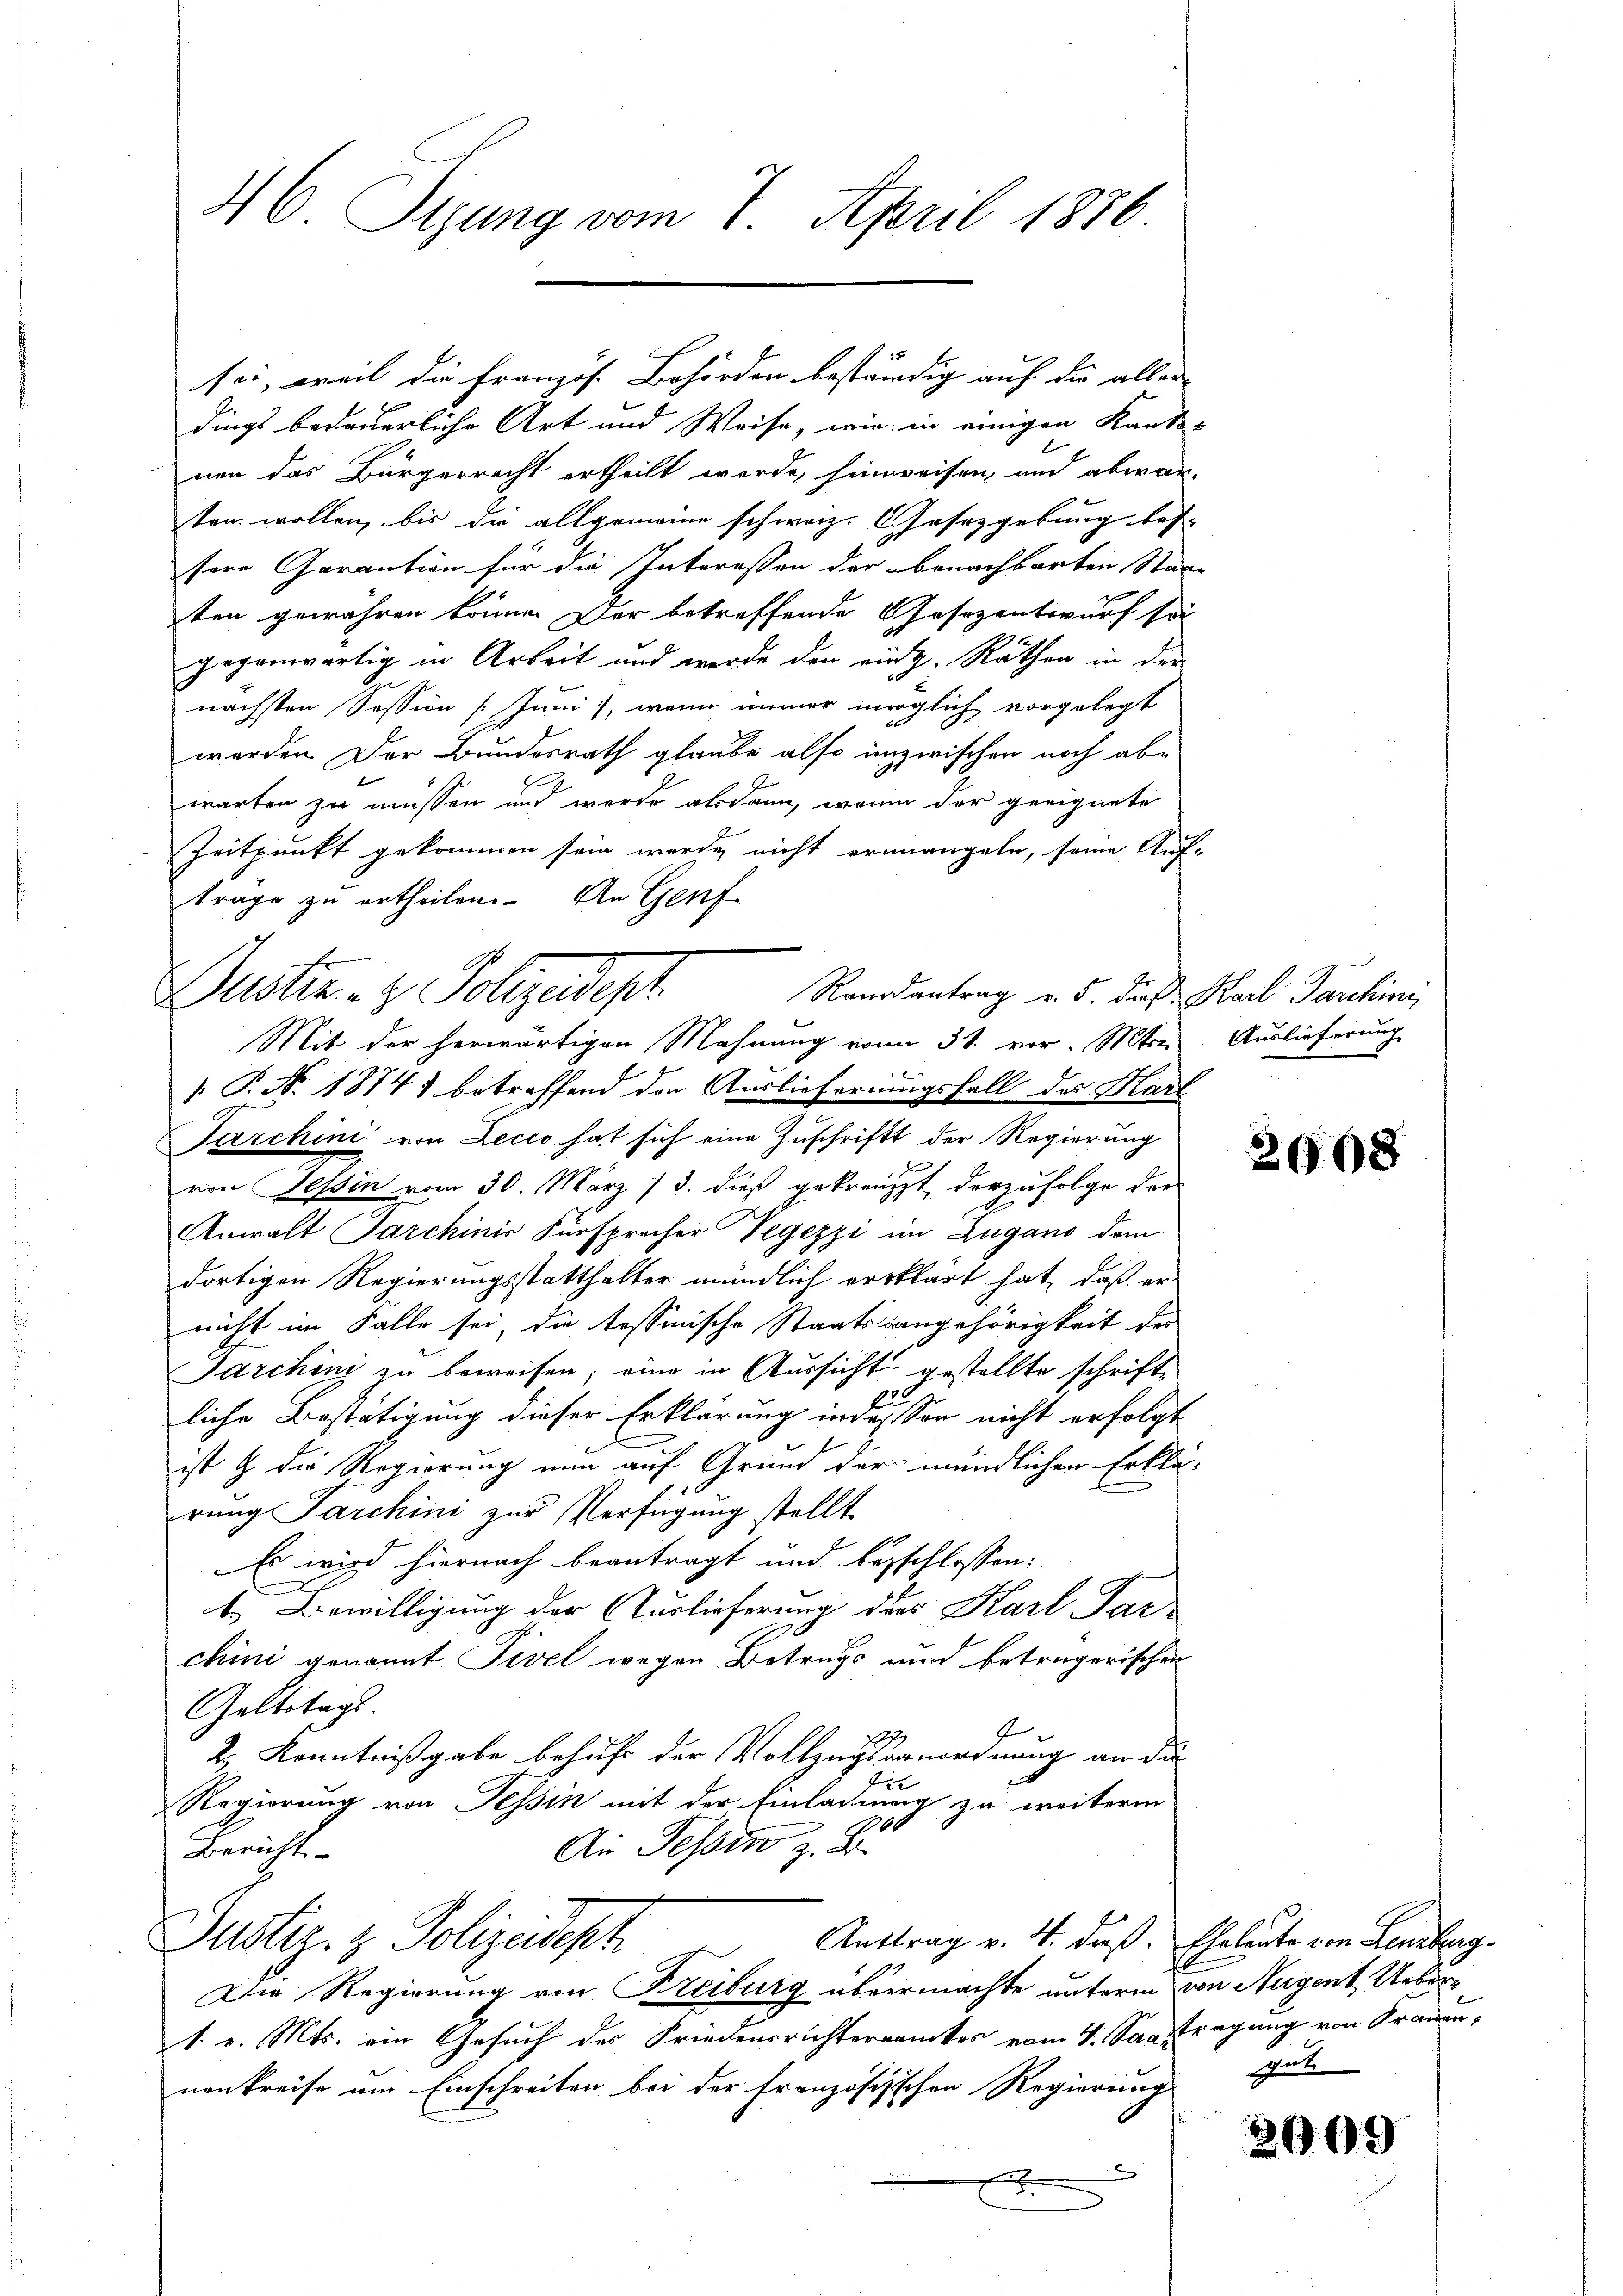
46 Syung vom 7. April 1886

dings bedauerliche Art und Weise, wie in einigen Kant-
nen das Bürgerrecht ertheilt werde, hinweisen, und abwar
ten wollen, bis die allgemeine schweiz. Gesetzgebung bes
sere Garantion für die Interessen der benachbarten Stad
ten gewähren könne. Der betreffende Gesezentwurf so
gegenwärtig in Arbeit und werde den einz. Rathen in der
nächsten Session (Juni, wenn immer möglich vorgelegt
werden Der Bundesrath glaube also unzwischen noch abe
warten zu müssen und werde alsdann, wenn der geeignete
Zeitpunkt gekommen sein werde, nicht ermangeln, seine Auf-
träge zu ertheilen. An Genf
 T. No. 1874) betreffend den Auslieferungsfall des Kart
Farchini von Zecco hat sich eine Zuschrift der Regierung
von Tessin vom 30. März / 5. dieß gekreuzt derzufolge der
Anwalt Parchinis Fürsprecher Pegezzi im Zugano dem
dortigen Regierungsstatthalter mündlich erklärt hat, daß er
nicht im Falle sei, die tessinische Staatsrangehörigkeit der
Jarchini zu beweisen; eine in Aussicht gestellte schriftliche Bestätigung dieser Erklärung in dass son nicht erfolgt
ist & die Regierung nun auf Grund der mündlichen Erklä
rung Parchini zur Verfügung stellt
Es wird hiernach beantragt und besschlossen:
b. Bewilligung der Auslieferung des Karl Par-
chini genannt Pivel wegen Betrugs und betrügerischen
Geltstags.
f
2, Kenntnißgabe behufs der Vollzugsvanordnung an die
Regierung von Tessin mit der Einladung zu weitere
800
An Tessin z. B.
Bericht
Auftrag v. 4. daß. Eheleute von Lenzberg
Puster. z. Polizeidisch
Die Regierung von Freiburg übermachte unterm von Augent Ueber¬
1. v. Mts. ein Gesuch des Friedensrichteramtes vom 4. Santragung von Frauen,
nenkreise um Einschreiten bei der französischen Regierung
s
x

sei, weil die Französ. Behörden beständig auf die aller- |

Justiz- & Polyedept
Randantrag v. 5. dieß Karl Parchini
Mit der herwärtigen Mahnung vom 31. vor. Mts

Auslieferung

x

2608

gute

2199